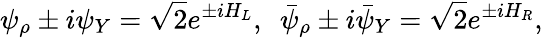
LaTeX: \psi_{\rho}\pm i\psi_{Y}=\sqrt{2}e^{\pm iH_{L}},~~\bar{\psi}_{\rho}\pm i\bar{\psi}_{Y}=\sqrt{2}e^{\pm iH_{R}},